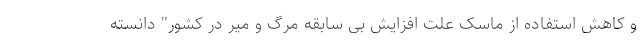
و کاهش استفاده از ماسک علت افزایش بی سابقه مرگ و میر در کشور" دانسته